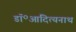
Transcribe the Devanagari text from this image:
डॉ॰आदित्यनाथ